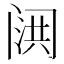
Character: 𮤷